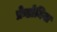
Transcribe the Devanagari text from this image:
फ्रेडोनिया